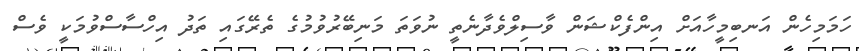
ހަމަމިހެން އަނބިމީހާއަށް އިންފެކްޝަން ވާސިލްވެދާނެތީ ނުވަތަ މަނިބޭރުވުމުގެ ތެރޭގައި ތަދު އިހްސާސްވުމަކީ ވެސް